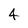
Character: 4